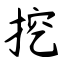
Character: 挖